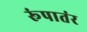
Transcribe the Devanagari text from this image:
रूंपातंर